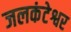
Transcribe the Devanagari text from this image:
जलकंटेश्वर